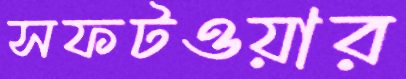
সফটওয়ার